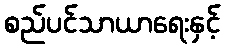
စည်ပင်သာယာရေးနှင့်